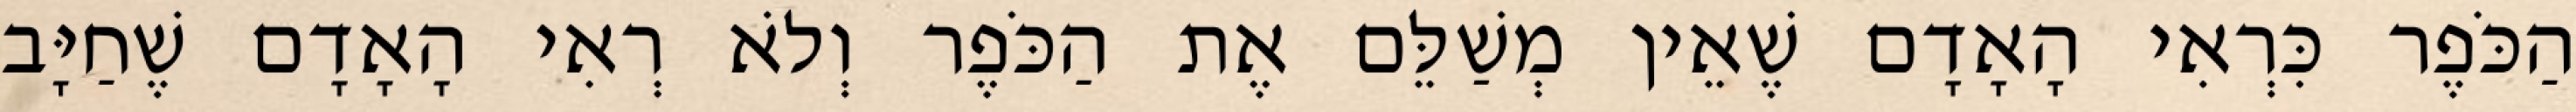
הַכֹּפֶר כִּרְאִי הָאָדָם שֶׁאֵין מְשַׁלֵּם אֶת הַכֹּפֶר וְלֹא רְאִי הָאָדָם שֶׁחַיָּב